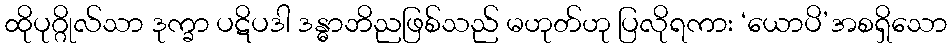
ထိုပုဂ္ဂိုလ်သာ ဒုက္ခာ ပဋိပဒါ ဒန္ဓာဘိညဖြစ်သည် မဟုတ်ဟု ပြလိုရကား ‘ယောပိ’အစရှိသော